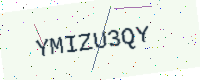
Text: YMIZU3QY